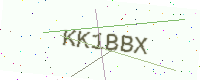
Text: KK1BBX